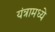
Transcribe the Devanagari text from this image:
यंत्रामध्ये